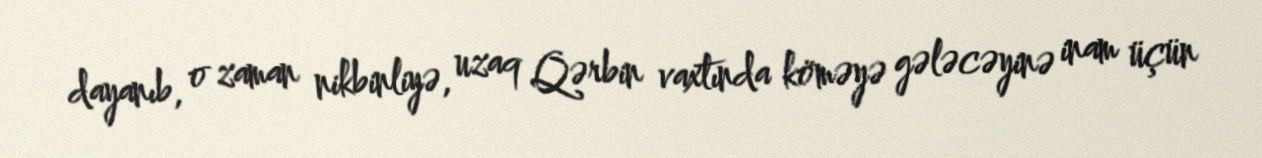
dayanıb, o zaman nikbinliyə, uzaq Qərbin vaxtında köməyə gələcəyinə inam üçün